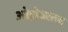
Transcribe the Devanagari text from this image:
ओहोळातच